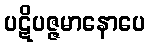
ပဋိပဇ္ဇမာနောပေ